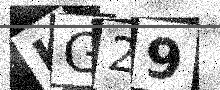
Text: KG29